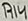
Text: R14